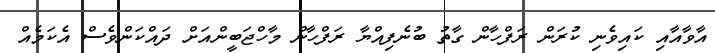
އާވާއާއި ކައިވެނި ކުރަން ރަފްހާން ގާތު ބުނެފިއްޔާ ރަފްހާން މާހްޖަބީންއަށް ދައްކަންވެސް އެކަމެއް